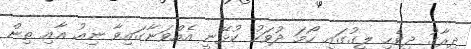
ދިރާގު ދިވެހި ލީގުގައި ހޯމަ ދުވަހު ކުޅޭނީ އެއްވަނާގައިވާ ނިއު އާއި ތިން